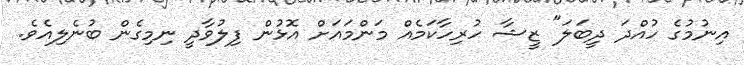
އިނުމުގެ ހުއްދަ ދީބަލަ" ޒީޝާ ހުރިހާކަމެއް މަންމައަށް އޮޅުން ފިލުވާދީ ނިމިގެން ބުނެލިއެވެ.